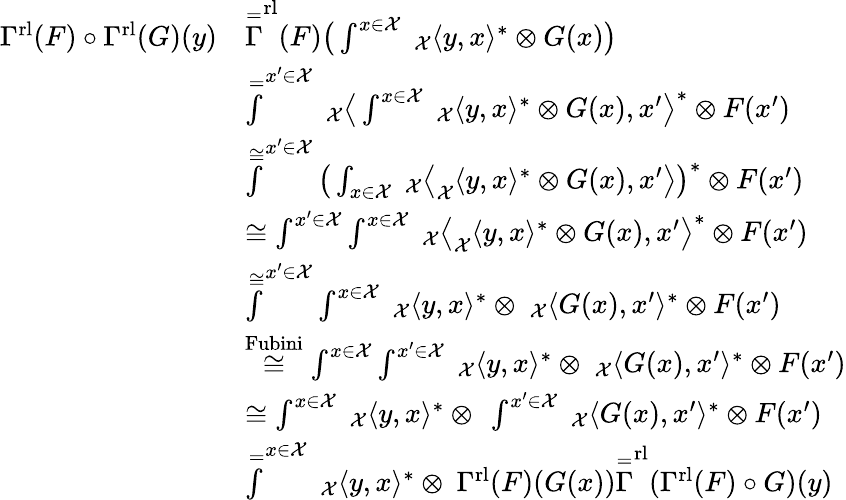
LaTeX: \begin{array}{rl}{\Gamma^{\textnormal{rl}}(F)\circ\Gamma^{\textnormal{rl}}(G)(y)}&{\overset{=}\Gamma^{\textnormal{rl}}(F)\big(\int^{x\in\mathcal{X}}\ _{\mathcal{X}}\langle y,x\rangle^{*}\otimes G(x)\big)}\\ &{\overset{=}\int^{x^{\prime}\in\mathcal{X}}\ _{\mathcal{X}}\big\langle\int^{x\in\mathcal{X}}\ _{\mathcal{X}}\langle y,x\rangle^{*}\otimes G(x),x^{\prime}\big\rangle^{*}\otimes F(x^{\prime})}\\ &{\overset{\cong}\int^{x^{\prime}\in\mathcal{X}}\big(\int_{x\in\mathcal{X}}\ _{\mathcal{X}}\big\langle_{\mathcal{X}}\langle y,x\rangle^{*}\otimes G(x),x^{\prime}\big\rangle\big)^{*}\otimes F(x^{\prime})}\\ &{\cong\int^{x^{\prime}\in\mathcal{X}}\int^{x\in\mathcal{X}}\ _{\mathcal{X}}\big\langle_{\mathcal{X}}\langle y,x\rangle^{*}\otimes G(x),x^{\prime}\big\rangle^{*}\otimes F(x^{\prime})}\\ &{\overset{\cong}\int^{x^{\prime}\in\mathcal{X}}\int^{x\in\mathcal{X}}\ _{\mathcal{X}}\langle y,x\rangle^{*}\otimes\ _{\mathcal{X}}\langle G(x),x^{\prime}\rangle^{*}\otimes F(x^{\prime})}\\ &{\overset{\textnormal{Fubini}}{\cong}\int^{x\in\mathcal{X}}\int^{x^{\prime}\in\mathcal{X}}\ _{\mathcal{X}}\langle y,x\rangle^{*}\otimes\ _{\mathcal{X}}\langle G(x),x^{\prime}\rangle^{*}\otimes F(x^{\prime})}\\ &{\cong\int^{x\in\mathcal{X}}\ _{\mathcal{X}}\langle y,x\rangle^{*}\otimes\ \int^{x^{\prime}\in\mathcal{X}}\ _{\mathcal{X}}\langle G(x),x^{\prime}\rangle^{*}\otimes F(x^{\prime})}\\ &{\overset{=}\int^{x\in\mathcal{X}}\ _{\mathcal{X}}\langle y,x\rangle^{*}\otimes\ \Gamma^{\textnormal{rl}}(F)(G(x))\overset{=}\Gamma^{\textnormal{rl}}(\Gamma^{\textnormal{rl}}(F)\circ G)(y)}\end{array}